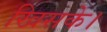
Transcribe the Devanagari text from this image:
खिसके।